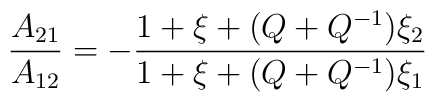
\frac{A_{21}}{A_{12}}=-\frac{1+\xi +(Q+Q^{-1})\xi _{2}}{1+\xi +(Q+Q^{-1})\xi_{1}}